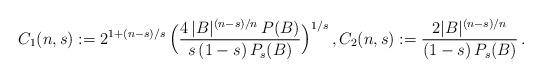
LaTeX: \begin{align*} C_1(n,s):=2^{1+(n-s)/s}\,\Big(\frac{4\,|B|^{(n-s)/n}\,P(B)}{s\,(1-s)\,P_s(B)}\Big)^{1/s} \,,C_2(n,s):=\frac{2|B|^{(n-s)/n}}{(1-s)\,P_s(B)}\,. \end{align*}